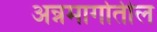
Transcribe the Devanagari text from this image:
अन्नमार्गातील